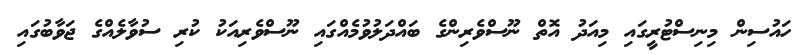
ހައުސިން މިނިސްޓުރީގައި މިއަދު އޮތް ނޫސްވެރިންގެ ބައްދަލުވުމެއްގައި ނޫސްވެރިއަކު ކުރި ސުވާލެއްގެ ޖަވާބުގައި